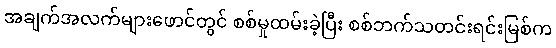
အချက်အလက်များဖောင်တွင် စစ်မှုထမ်းခဲ့ပြီး စစ်ဘက်သတင်းရင်းမြစ်က